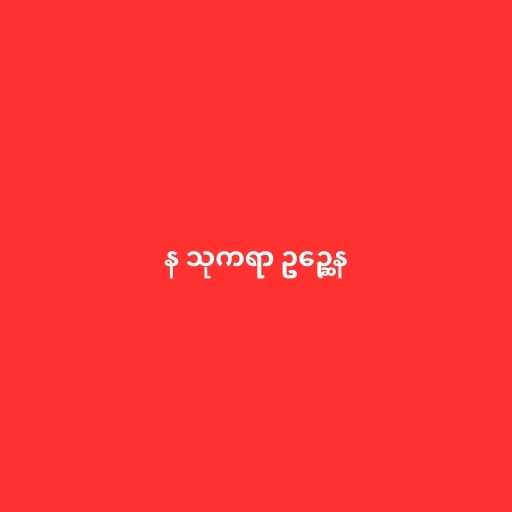
န သုကရာ ဥဉ္ဆေန